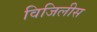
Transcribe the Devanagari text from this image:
विजिलीस